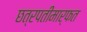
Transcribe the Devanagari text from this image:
छत्रपतींमार्फत